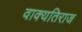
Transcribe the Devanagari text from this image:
वाक्यतिराज